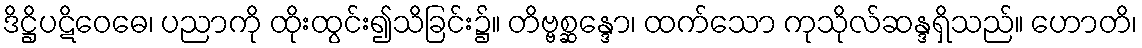
ဒိဋ္ဌိပဋိဝေဓေ၊ ပညာကို ထိုးထွင်း၍သိခြင်း၌။ တိဗ္ဗစ္ဆန္ဒော၊ ထက်သော ကုသိုလ်ဆန္ဒရှိသည်။ ဟောတိ၊